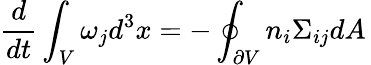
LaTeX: \frac{d}{dt}\int_{V}\omega_{j}d^{3}x=-\oint_{\partial V}n_{i}\Sigma_{ij}dA\,